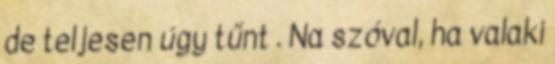
de teljesen úgy tűnt . Na szóval, ha valaki